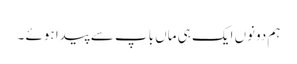
ہم دونوں ایک ہی ماں باپ سے پیدا ہوئے ۔